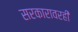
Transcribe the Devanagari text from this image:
सरकारावरही